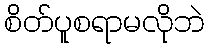
စိတ်ပူစရာမလိုဘဲ